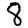
Digit: 8